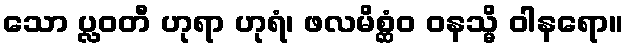
သော ပ္လဝတီ ဟုရာ ဟုရံ၊ ဖလမိစ္ဆံဝ ဝနသ္မိ ဝါနရော။